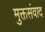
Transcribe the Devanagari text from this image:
मुक्तसंवाद